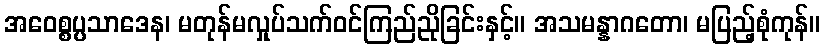
အဝေစ္စပ္ပသာဒေန၊ မတုန်မလှုပ်သက်ဝင်ကြည်ညိုခြင်းနှင့်။ အသမန္နာဂတော၊ မပြည့်စုံကုန်။